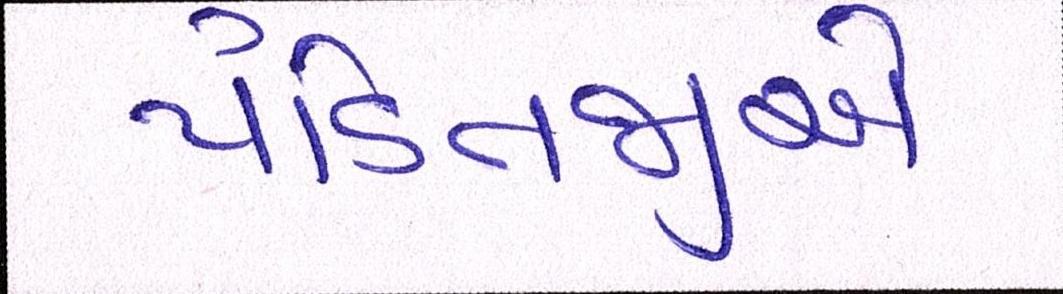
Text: પંડિતજીએ